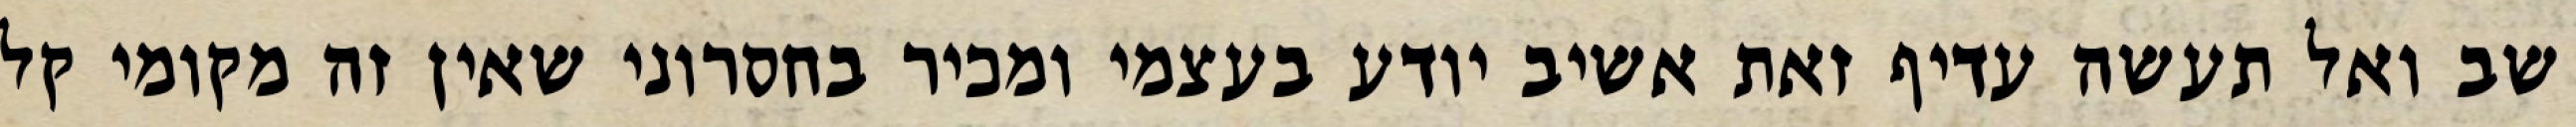
שב ואל תעשה עדיף זאת אשיב יודע בעצמי ומכיר בחסרוני שאין זה מקומי קל